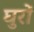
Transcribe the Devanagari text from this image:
घुरों